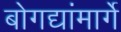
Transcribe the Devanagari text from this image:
बोगद्यांमार्गे